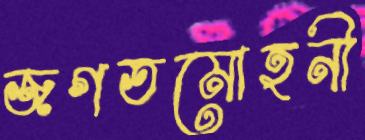
জগতমোহনী